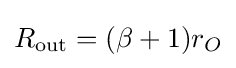
R_{\text{out}}=(\beta +1)r_{O}